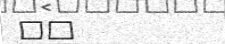
١٦